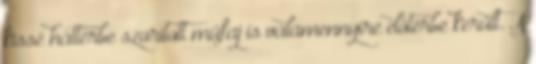
kissé háttérbe szorított műfaj is valamennyire előtérbe került. A